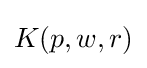
K(p,w,r)